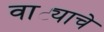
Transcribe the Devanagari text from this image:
वाट्याचे